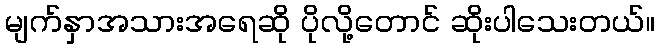
မျက်နှာအသားအရေဆို ပိုလို့တောင် ဆိုးပါသေးတယ်။